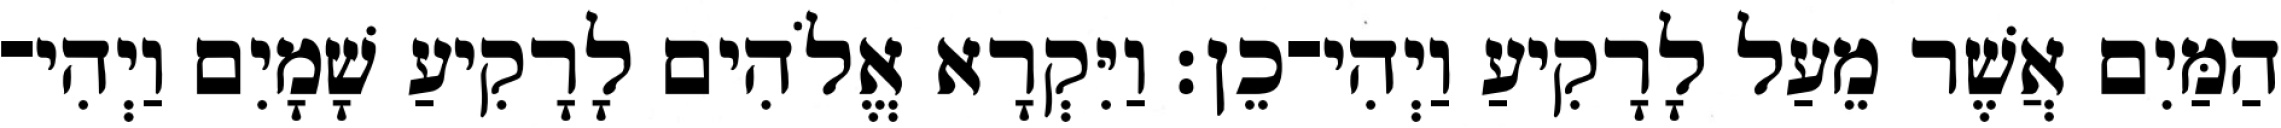
הַמַּיִם אֲשֶׁר מֵעַל לָרָקִיעַ וַיְהִי־כֵן׃ וַיִּקְרָא אֱלֹהִים לָרָקִיעַ שָׁמָיִם וַיְהִי־